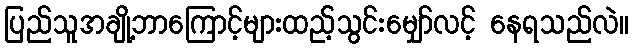
ပြည်သူအချို့ဘာကြောင့်များထည့်သွင်းမျှော်လင့် နေရသည်လဲ။